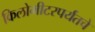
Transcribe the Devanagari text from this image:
किलोमीटरपर्यंतचे